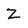
Character: Z